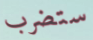
ستضرب